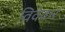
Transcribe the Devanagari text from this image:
विवेकर